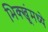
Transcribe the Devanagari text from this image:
भिक्खूंमध्ये